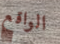
الواقع